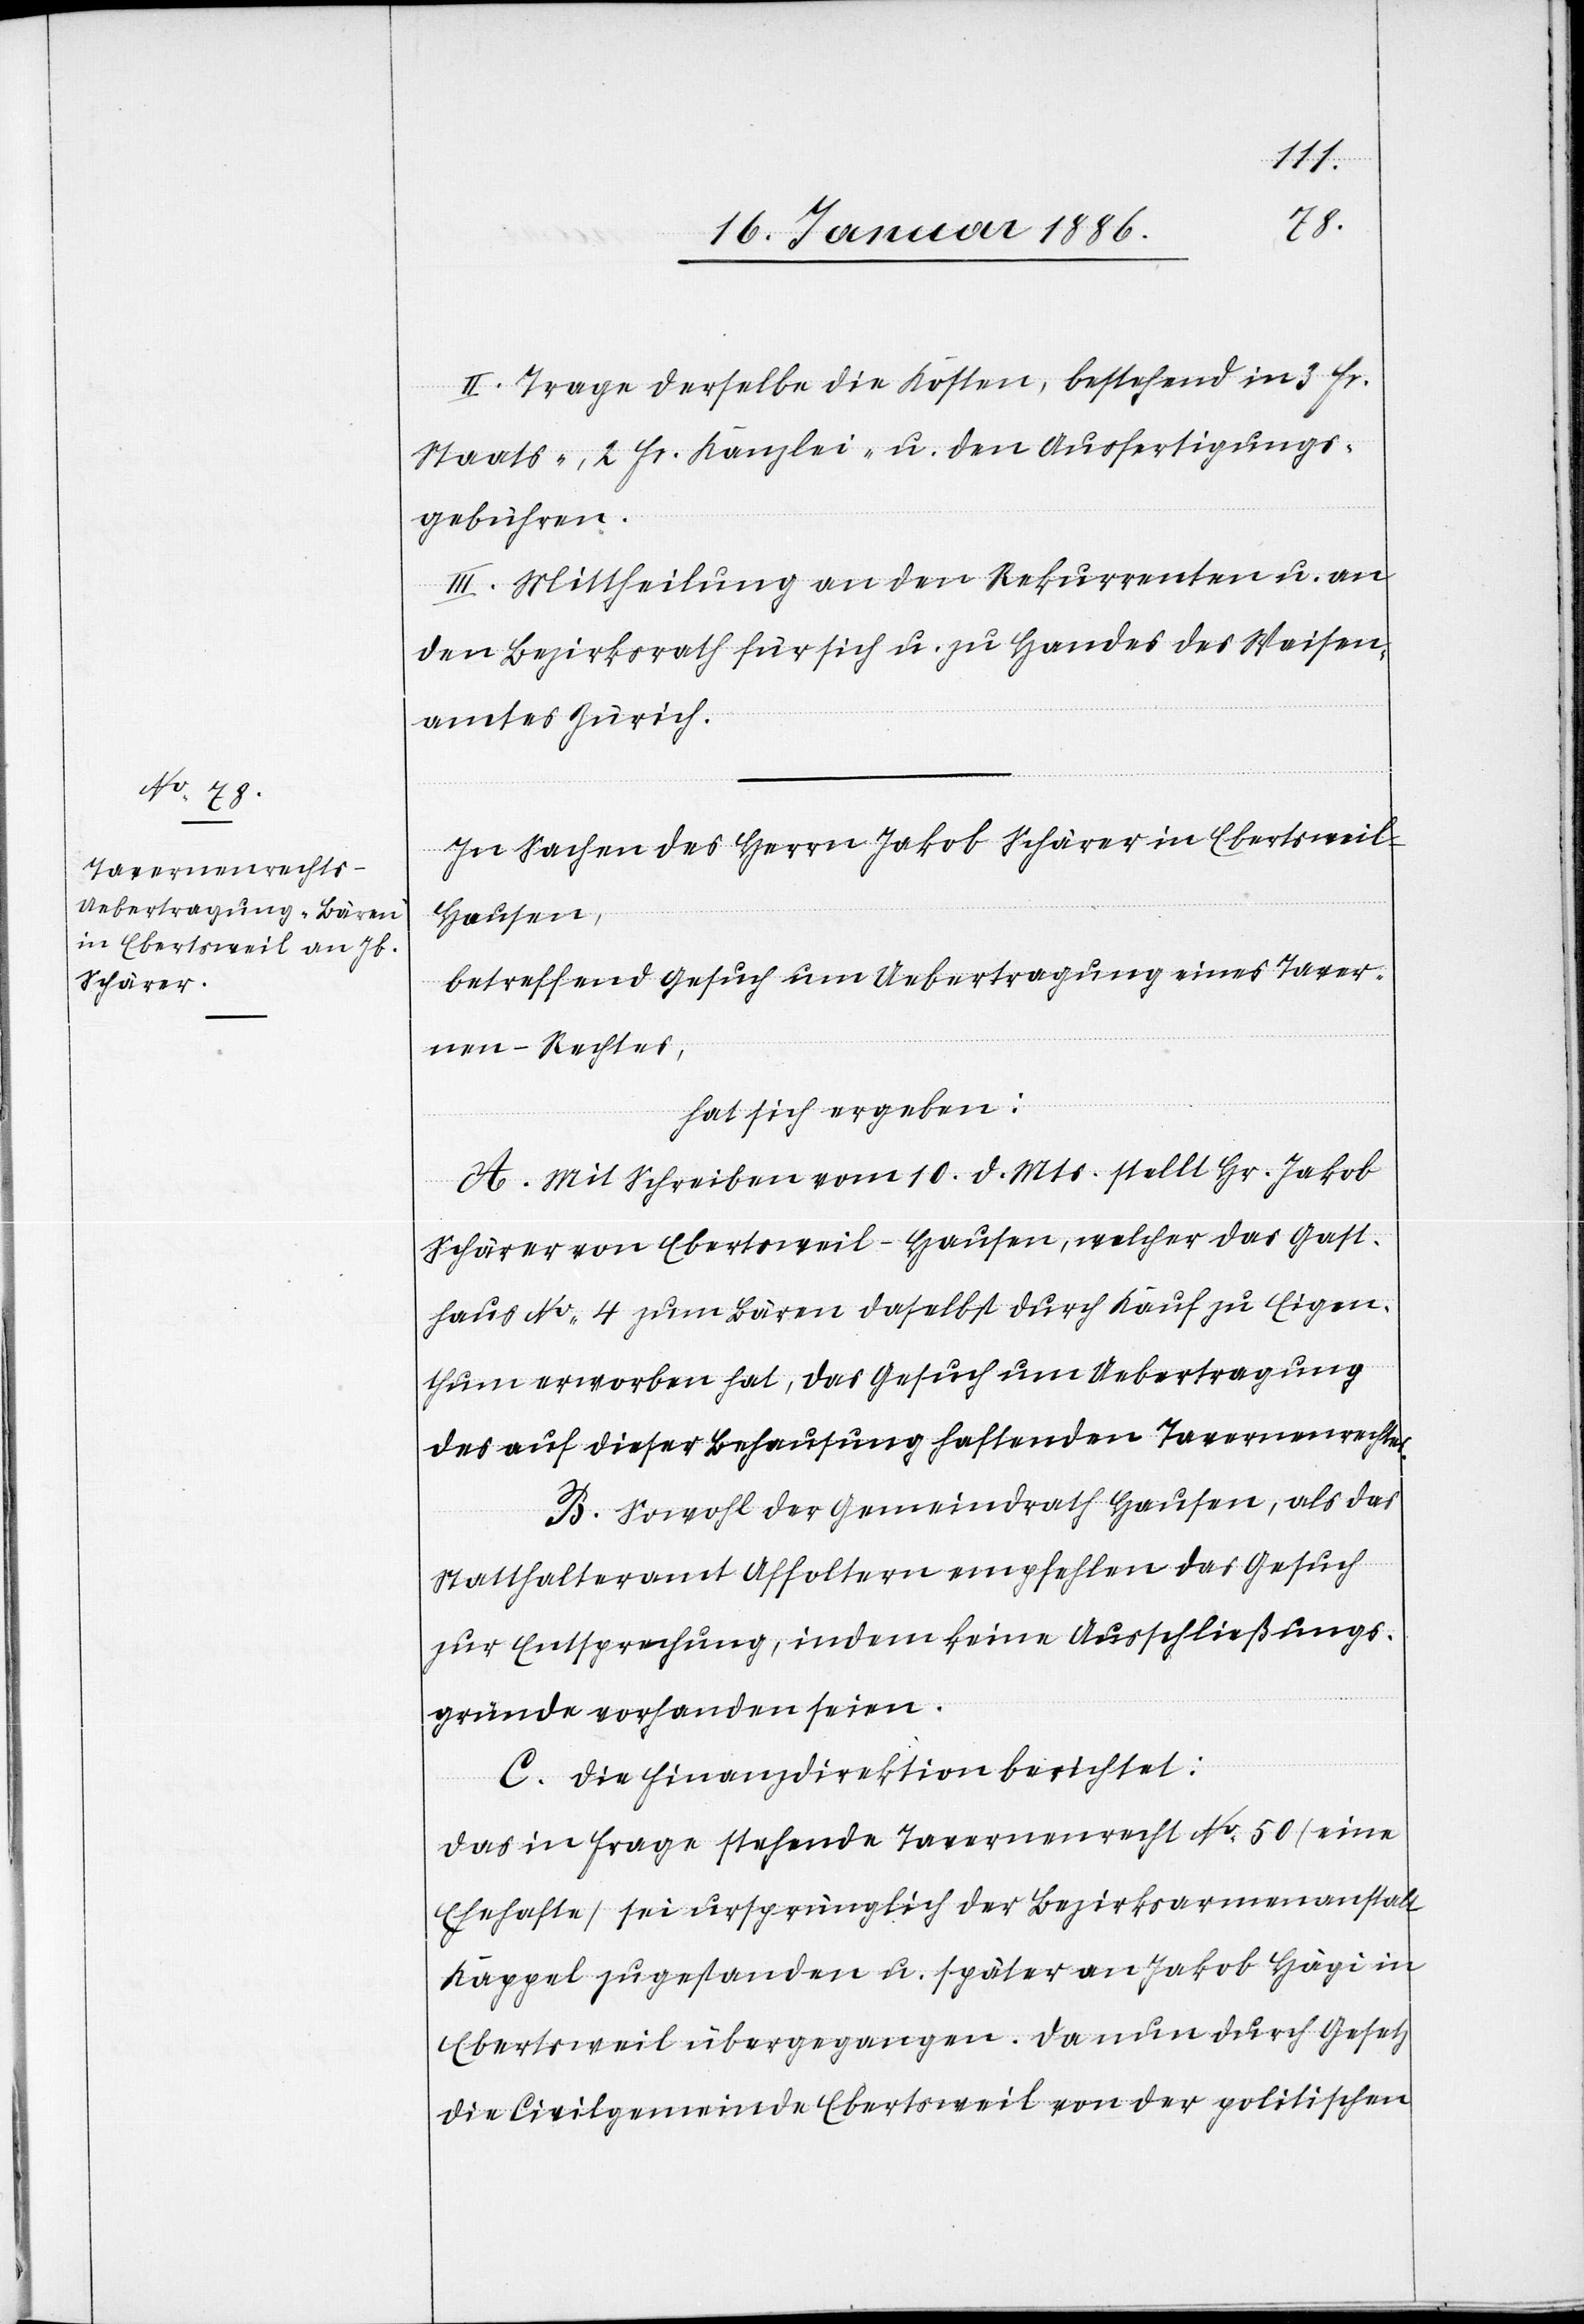
II. Trage derselbe die Kosten, bestehend in 3 Fr.
Staats-. 2 Fr. Kanzlei- u. den Ausfertigungs¬
gebühren.
III. Mittheilung an den Rekurrenten u. an
den Bezirksrath für sich u. zu Handes [sic!] des Waisen¬
amtes Zürich.
In Sachen des Herrn Jakob Schärer in Ebertsweil
Hausen,
betreffend Gesuch um Uebertragung eines Taver¬
nen-Rechtes,
hat sich ergeben:
A. Mit Schreiben vom 10. d. Mts. stellt Hr. Jakob
Schärrer von Ebertsweil - Hausen, welcher das Gast¬
haus No. 4 zum Bären daselbst durch Kauf zu Eigen¬
thum erworben hat, das Gesuch um Uebertragung
des auf dieser Behausung haftenden Tavernenrechtes.
B. Sowol der Gemeindrath Hausen, als das
Statthalteramt Affoltern empfehlen das Gesuch
zur Entsprechung, indem keine Ausschließungs¬
gründe vorhanden seien.
C. Die Finanzdirektion berichtet:
Das in Frage stehende Tavernenrecht No. 50 (eine
Ehehafte) sei ursprünglich der Bezirksarmenanstalt
Kappel zugestanden u. später an Jakob Hägi in
Ebertsweil übergegangen. Da nun durch Gesetz
die Civilgemeinde Ebertsweil von der politischen